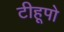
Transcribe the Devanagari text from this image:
टीहूपो